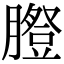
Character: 𦡪